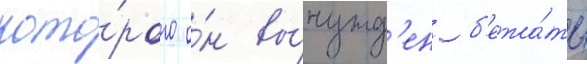
кото́рого о́н вы́нужд'ен б'ежа́ть